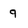
Character: 9